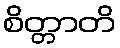
စိတ္တာတိ